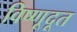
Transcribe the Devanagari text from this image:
विष्णूदूत